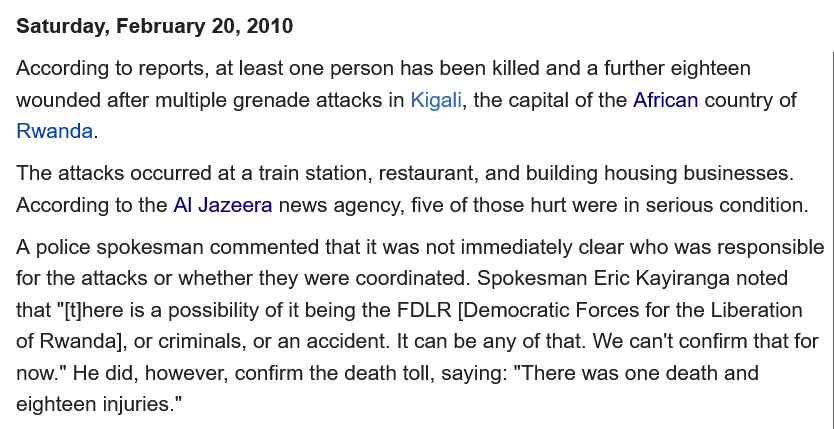
Saturday, February 20, 2010
  According to reports, at least one person has been killed and a further eighteen
  wounded after multiple grenade attacks in Kigali, the capital of the African country of
  Rwanda.
  A police spokesman commented that it was not immediately clear who was responsible
  for the attacks or whether they were coordinated. Spokesman Eric Kayiranga noted
  that "[t]here is a possibility of it being the FDLR [Democratic Forces for the Liberation
  of Rwanda], or criminals, or an accident. It can be any of that. We can't confirm that for
  now." He did, however, confirm the death toll, saying: "There was one death and
  eighteen injuries."
  The attacks occurred at a train station, restaurant, and building housing businesses.
  According to the Al Jazeera news agency, five of those hurt were in serious condition.